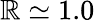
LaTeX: \mathbb{R}\simeq1.0